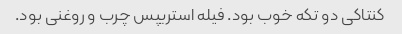
کنتاکی دو تکه خوب بود. فیله استریپس چرب و روغنی بود.